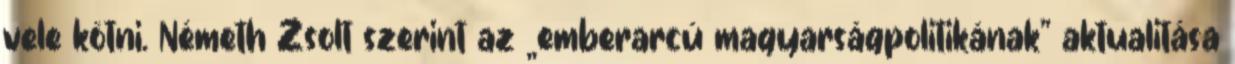
vele kötni. Németh Zsolt szerint az „emberarcú magyarságpolitikának” aktualitása